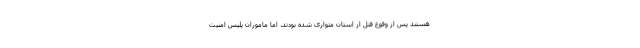
هستند پس از وقوع قتل از استان متواری شده بودند، اما ماموران پلیس امنیت